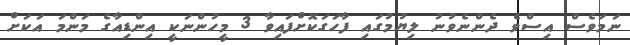
ނަމަވެސް އިސްވެ ދެންނެވުނު ލިޔުމުގައި ފާހަގަކޮށްފައިވާ 3 މީހުންނަކީ އިންޑިއާގެ މަންމަ އަކަށް